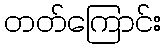
တတ်ကြောင်း